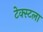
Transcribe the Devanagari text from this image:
टेक्स्टला